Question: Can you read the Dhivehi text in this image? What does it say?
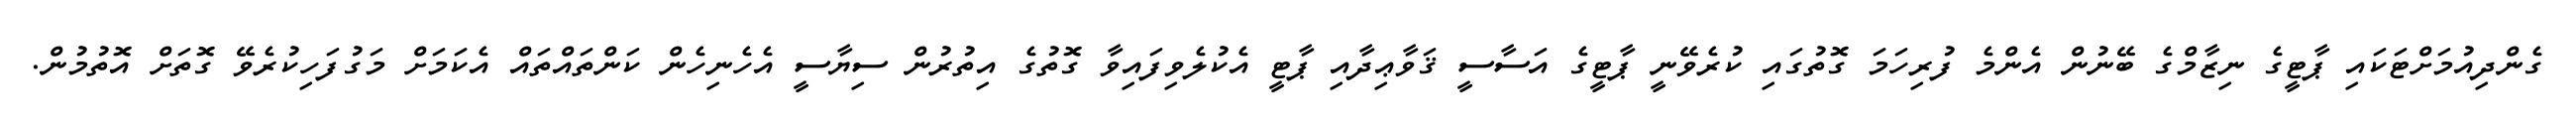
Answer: ގެންދިއުމަށްޓަކައި ޕާޓީގެ ނިޒާމްގެ ބޭނުން އެންމެ ފުރިހަމަ ގޮތުގައި ކުރެވޭނީ ޕާޓީގެ އަސާސީ ޤަވާޢިދާއި ޕާޓީ އެކުލެވިފައިވާ ގޮތުގެ އިތުރުން ސިޔާސީ އެހެނިހެން ކަންތައްތައް އެކަމަށް މަގުފަހިކުރެވޭ ގޮތަށް އޮތުމުން.